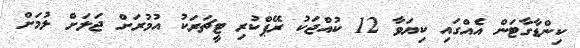
ކިންޑާގާޓަން އެއްގައި ކިޔަވާ 12 ކުއްޖަކު ރޭޕްކުރި ޓީޗަރަކު އުމުރަށް ޖަލަށް ލުމަށް